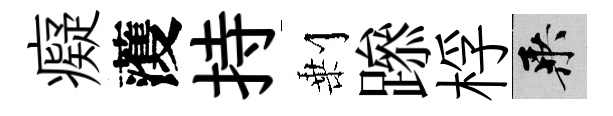
癡𮑮持剰𨅶桴乘